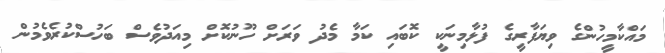
މައްކާމީހުންގެ ވިޔަފާރީގެ ފުޅާމިނަކީ ކޮބައި ކަމާ މެދު ވަރަށް ހޫނުކޮށް މިއަދުވެސް ބަހުސްކުރެވެމުން